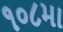
૧૦૮મા